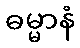
ဓမ္မာနံ